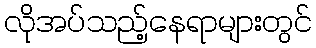
လိုအပ်သည့်နေရာများတွင်